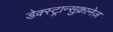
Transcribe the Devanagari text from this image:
डेक्स्ट्रान्सुक्रानेज़